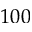
1 0 0